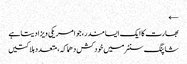
←
بھارت کا ایک ایسا مندر، جو امریکی ویزا دیتا ہے
شاپنگ سنٹرمیں خودکش دھماکہ، متعدد ہلاکتیں